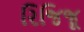
રિજિજૂ